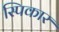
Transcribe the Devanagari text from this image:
स्पिकार